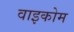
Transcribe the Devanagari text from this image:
वाइकोम